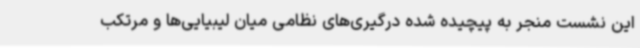
این نشست منجر به پیچیده شده درگیری‌های نظامی میان لیبیایی‌ها و مرتکب